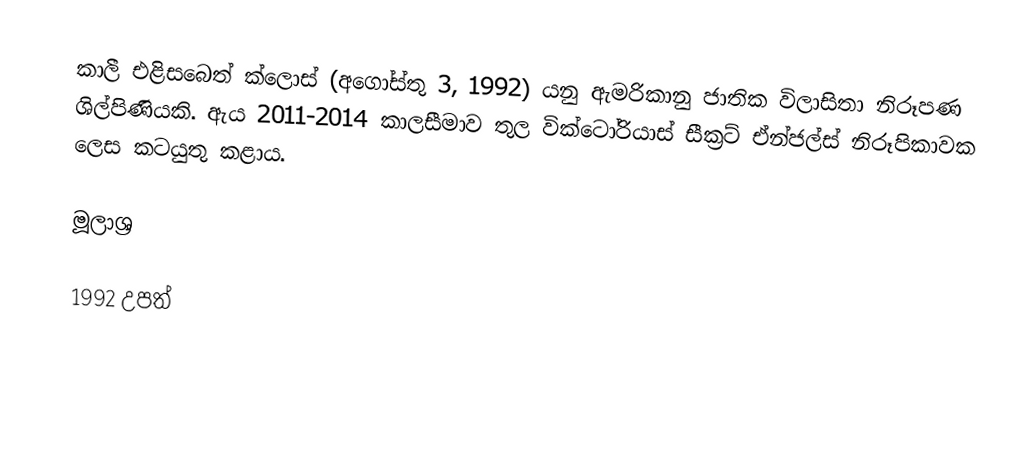
කාලී එළිසබෙත් ක්ලොස් (අගෝස්තු 3, 1992) යනු ඇමරිකානු ජාතික විලාසිතා නිරූපණ ශිල්පිණියකි. ඇය 2011-2014 කාලසීමාව තුල වික්ටෝරියාස් සීක්‍රට් ඒන්ජල්ස් නිරූපිකාවක ලෙස කටයුතු කළාය.

මූලාශ්‍ර

1992 උපත්